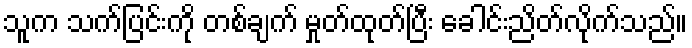
သူက သက်ပြင်းကို တစ်ချက် မှုတ်ထုတ်ပြီး ခေါင်းညိတ်လိုက်သည်။